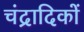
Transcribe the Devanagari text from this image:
चंद्रादिकों